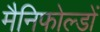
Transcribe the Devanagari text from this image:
मैनिफोल्डों